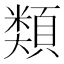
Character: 類